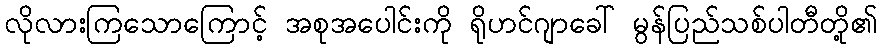
လိုလားကြသောကြောင့် အစုအပေါင်းကို ရိုဟင်ဂျာခေါ် မွန်ပြည်သစ်ပါတီတို့၏